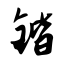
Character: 锴